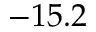
- 1 5 . 2